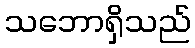
သဘောရှိသည်